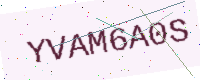
Text: YVAM6A0S